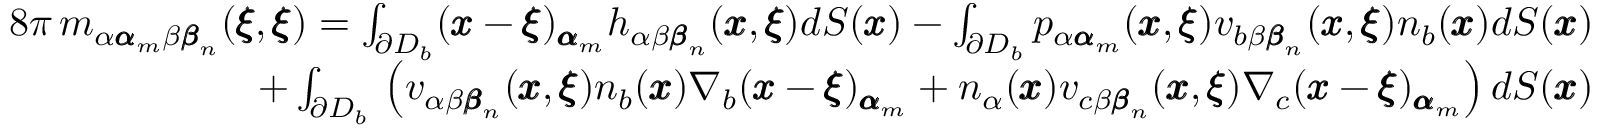
\begin{array} { r l r } & { } & { 8 \pi \, m _ { \alpha { \pmb \alpha } _ { m } \beta { \pmb \beta } _ { n } } ( { \pmb \xi } , { \pmb \xi } ) = \int _ { \partial D _ { b } } ( { \pmb x } - { \pmb \xi } ) _ { { \pmb \alpha } _ { m } } h _ { \alpha \beta { \pmb \beta } _ { n } } ( { \pmb x } , { \pmb \xi } ) d S ( { \pmb x } ) - \int _ { \partial D _ { b } } p _ { \alpha { \pmb \alpha } _ { m } } ( { \pmb x } , { \pmb \xi } ) v _ { b \beta { \pmb \beta } _ { n } } ( { \pmb x } , { \pmb \xi } ) n _ { b } ( { \pmb x } ) d S ( { \pmb x } ) } \\ & { } & { + \int _ { \partial D _ { b } } \, \left( v _ { \alpha \beta { \pmb \beta } _ { n } } ( { \pmb x } , { \pmb \xi } ) n _ { b } ( { \pmb x } ) \nabla _ { b } ( { \pmb x } - { \pmb \xi } ) _ { { \pmb \alpha } _ { m } } + n _ { \alpha } ( { \pmb x } ) v _ { c \beta { \pmb \beta } _ { n } } ( { \pmb x } , { \pmb \xi } ) \nabla _ { c } ( { \pmb x } - { \pmb \xi } ) _ { { \pmb \alpha } _ { m } } \right) d S ( { \pmb x } ) } \end{array}